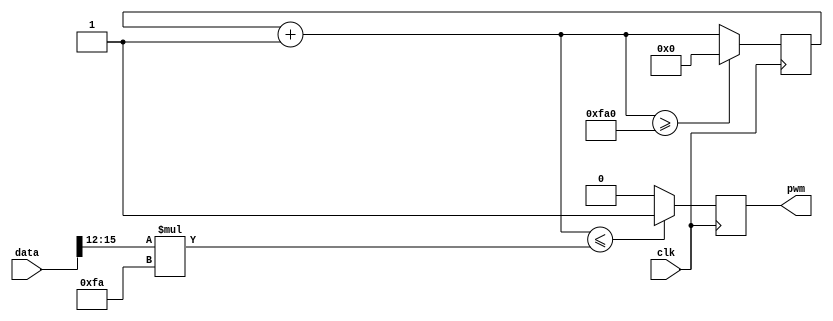
`timescale 1ns / 1ps

module PWM_Counter(
	clk,
	data,
	pwm
	);
	input clk;
	input [15:0] data;
	output reg pwm;
		
	//count to 4000 for 25khz
	reg [11:0] counter = 0;
	
	always @(posedge clk)
	begin
		counter = counter + 1'b1;
		
		//Use last 4 bits of data to allow higher resolution		
		if (counter <= (data[15:12]*250)) pwm = 1;
		
		else pwm = 0;
		
		if (counter >= 4000) counter = 0;
		
	end
	
endmodule